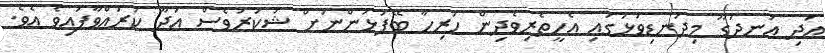
އަދި އުނދަގޫ މިދަނޑިވަޅުގައި އެހީތެރިވެދިން ހުރިހާ ބޭފުޅުންނަށް ޝުކުރުވެސް އަދާ ކުރައްވާފައިވެ އެވެ.